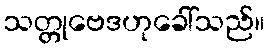
သတ္တုဗေဒဟုခေါ်သည်။